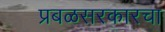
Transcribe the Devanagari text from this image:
प्रबळसरकारचा